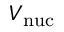
V _ { \mathrm { n u c } }